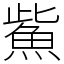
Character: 鮆